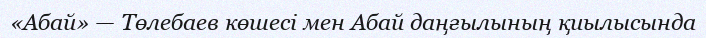
«Абай» — Төлебаев көшесі мен Абай даңғылының қиылысында